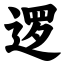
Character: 逻